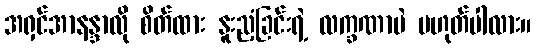
အရှင်အာနန္ဒာလို စိတ်ထား နူးညံ့ခြင်းရဲ့ လက္ခဏာပဲ မဟုတ်ပါလား။